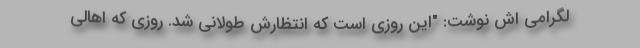
لگرامی اش نوشت: "این روزی است که انتظارش طولانی شد. روزی که اهالی